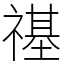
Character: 禥